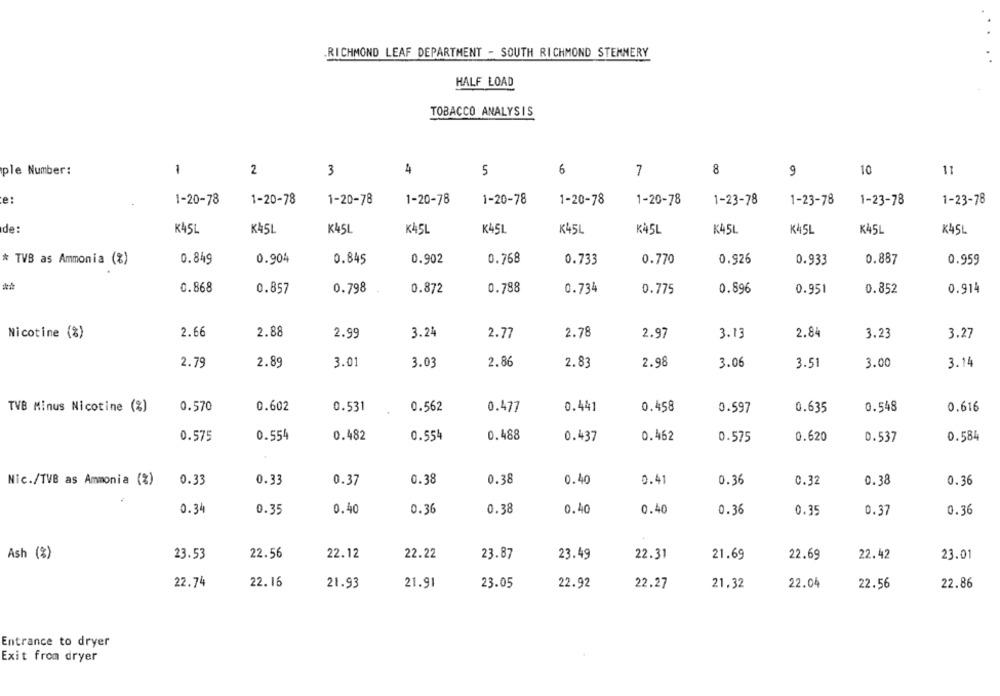
RICHMOND LEAF DEPARTMENT - SOUTH RICHMOND STEMMERY
HALF LOAD
TOBACCO ANALYSIS
ple Number:
1
2
3
4
5
6
7
8
9
10
e:
1-20-78
1-20-78
1-20-78
1-20-78
1-20-78
1-20-78
1-20-78
1-23-78
1-23-78
1-23-78
1-23-78
de:
K45L
K45L
K45L
K45L
K45L
K45L
K45L
K45L
K45L
K45L
K45L
* TVB as Ammonia (%)
0.849
0.904
0.845
0.902
0.768
0.733
0.770
0.926
0.933
0.887
0.959
0.868
0.857
0.798
0.872
0.788
0.734
0.775
0.896
0.951
0.852
0.914
Nicotine (%)
2.66
2.88
3.24
2.78
2.97
2.84
2.99
2.77
3.13
3.23
3.27
2.89
2.98
2.79
3.01
3.03
2.86
2.83
3.06
3.51
3.00
3.14
TVB Minus Nicotine (%)
0.570
0.602
0.531
0.562
0.477
0.441
0.458
0.597
0.635
0.548
0.616
0.575
0.554
0.482
0.554
0.488
0.437
0.462
0.575
0.620
0.537
0.584
0.38
0.38
0.40
0.41
Nic./TVB as Ammonia (%)
0.33
0.33
0.37
0.36
0.32
0.38
0.36
0.34
0.35
0.40
0.36
0.38
0.40
0.40
0.36
0.35
0.37
0.36
Ash (%)
23.53
22.56
22.12
22.22
23.87
23.49
22.31
21.69
22.69
22.42
23.01
22.74
22.16
21.93
21.91
23.05
22.92
21.32
22.04
22.86
22.27
22.56
Entrance to dryer
Exit from dryer